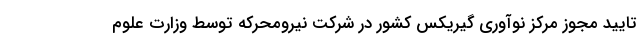
تایید مجوز مرکز نوآوری گیریکس کشور در شرکت نیرومحرکه توسط وزارت علوم